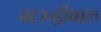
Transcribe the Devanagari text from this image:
बाउन्ड्रीवाल